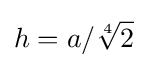
h=a/{\sqrt[{4}]{2}}